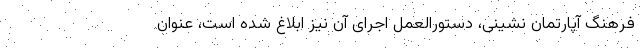
فرهنگ آپارتمان نشینی، دستورالعمل اجرای آن نیز ابلاغ شده است، عنوان